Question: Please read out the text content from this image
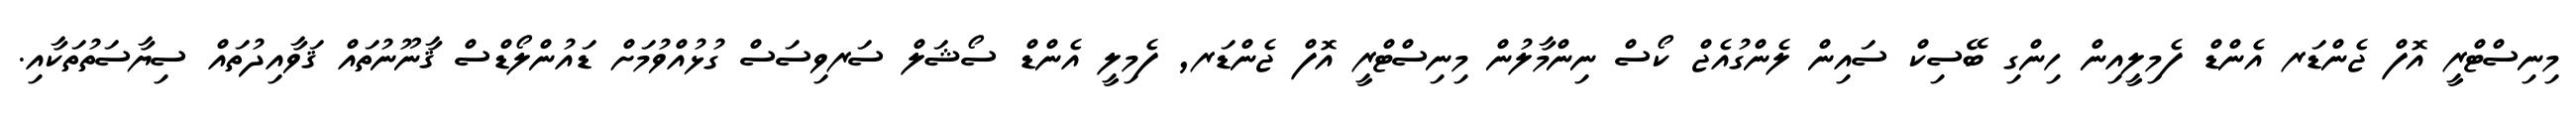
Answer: މިނިސްޓްރީ އޮފް ޖެންޑަރ އެންޑް ފެމިލީއިން ހިންގި ބޭސިކް ސައިން ލެންގުއެޖް ކޯސް ނިންމާލުން މިނިސްޓްރީ އޮފް ޖެންޑަރ, ފެމިލީ އެންޑް ސޯޝަލް ސަރވިސަސް ގުޅުއްވުމަށް ޑައުންލޯޑްސް ޤާނޫނުތައް ޤަވާއިދުތައް ސިޔާސަތުތަކާއި.